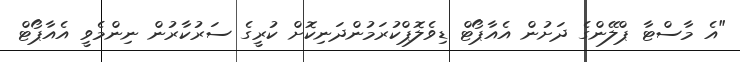
"އެ މާސްޓާ ޕްލޭންގެ ދަށުން އެއާޕޯޓް ޑިވެލޮޕްކުރަމުންދަނިކޮށް ކުރީގެ ސަރުކާރުން ނިންމެވީ އެއާޕޯޓް